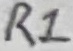
Text: R1